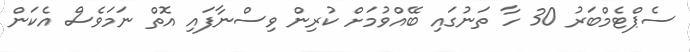
ސެޕްޓެމްބަރު 30 ހާ ތަނުގައި ބޭއްވުމަށް ކުރިން ވިސްނާފައި އޮތް ނަމަވެސް އެކަން